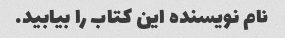
نام نویسنده این کتاب را بیابید.